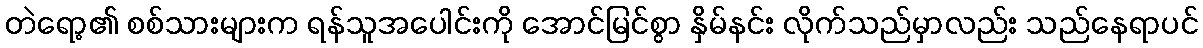
တဲရော့၏ စစ်သားများက ရန်သူအပေါင်းကို အောင်မြင်စွာ နှိမ်နင်း လိုက်သည်မှာလည်း သည်နေရာပင်